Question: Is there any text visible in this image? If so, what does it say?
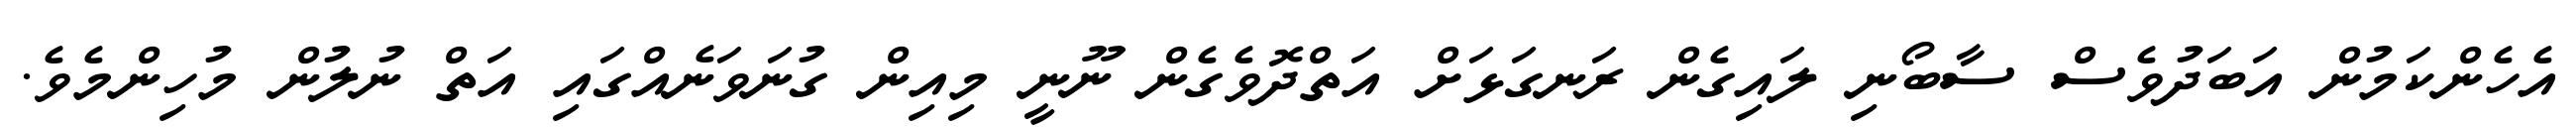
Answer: އެހެންކަމުން އަބަދުވެސް ސާބޯނި ލައިގެން ރަނގަޅަށް އަތްދޮވެގެން ނޫނީ މިއިން ގުނަވަނެއްގައި އަތް ނުލުން މުހިންމެވެ.